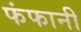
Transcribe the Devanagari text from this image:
फंफानी